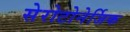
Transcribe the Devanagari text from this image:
सेरोटोनेर्जिक